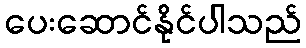
ပေးဆောင်နိုင်ပါသည်